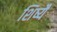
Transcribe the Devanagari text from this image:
शिष्यै